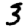
Digit: 3